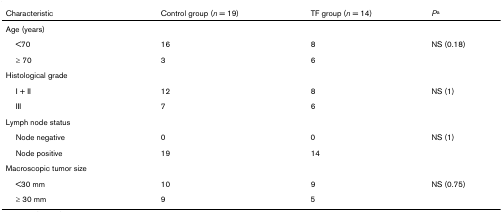
| Characteristic | Control group (n = 19) | TF group (n = 14) | Pa |
 | --- | --- | --- | --- |
 | Age (years) |  |  |  |
 | <70 | 16 | 8 | NS (0.18) |
 | ≥ 70 | 3 | 6 |  |
 | Histological grade |  |  |  |
 | I + II | 12 | 8 | NS (1) |
 | III | 7 | 6 |  |
 | Lymph node status |  |  |  |
 | Node negative | 0 | 0 | NS (1) |
 | Node positive | 19 | 14 |  |
 | Macroscopic tumor size |  |  |  |
 | <30 mm | 10 | 9 | NS (0.75) |
 | ≥ 30 mm | 9 | 5 |  |